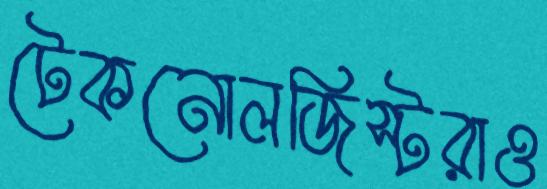
টেকনোলজিস্টরাও